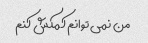
من نمی توانم کمکش کنم